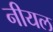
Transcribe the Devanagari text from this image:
नीयल